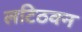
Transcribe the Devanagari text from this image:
लटिठवन